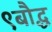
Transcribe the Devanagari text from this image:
९बौद्ध